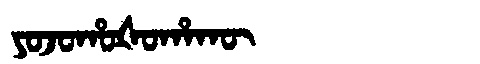
Manchu: ᠶᠣᠵᠣᡥᠣᡧᠣᡥᠠᡴᡡ
Romanization: YOJOHOŠOHAKŪ